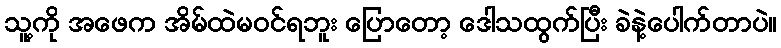
သူ့ကို အဖေက အိမ်ထဲမဝင်ရဘူး ပြောတော့ ဒေါသထွက်ပြီး ခဲနဲ့ပေါက်တာပဲ။